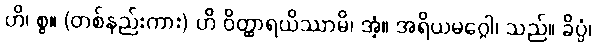
ဟိ၊ စွ။ (တစ်နည်းကား) ဟိ ဝိတ္ထာရယိဿာမိ၊ အံ့။ အရိယမဂ္ဂေါ၊ သည်။ ခိပ္ပံ၊